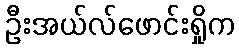
ဦးအယ်လ်ဖောင်းရှိုက